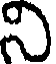
ని